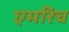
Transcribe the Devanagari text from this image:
एमरिच